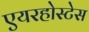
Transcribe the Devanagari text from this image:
एयरहोस्टेस